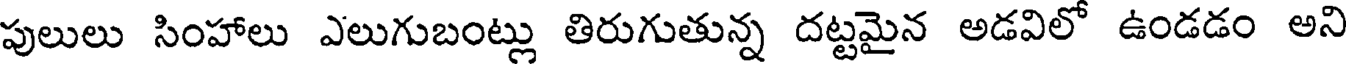
పులులు సింహాలు ఎలుగుబంట్లు తిరుగుతున్న దట్టమైన అడవిలో ఉండడం అని